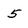
Character: 5